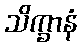
သိက္ခာနံ